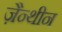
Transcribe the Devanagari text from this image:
ज़ैन्थीन